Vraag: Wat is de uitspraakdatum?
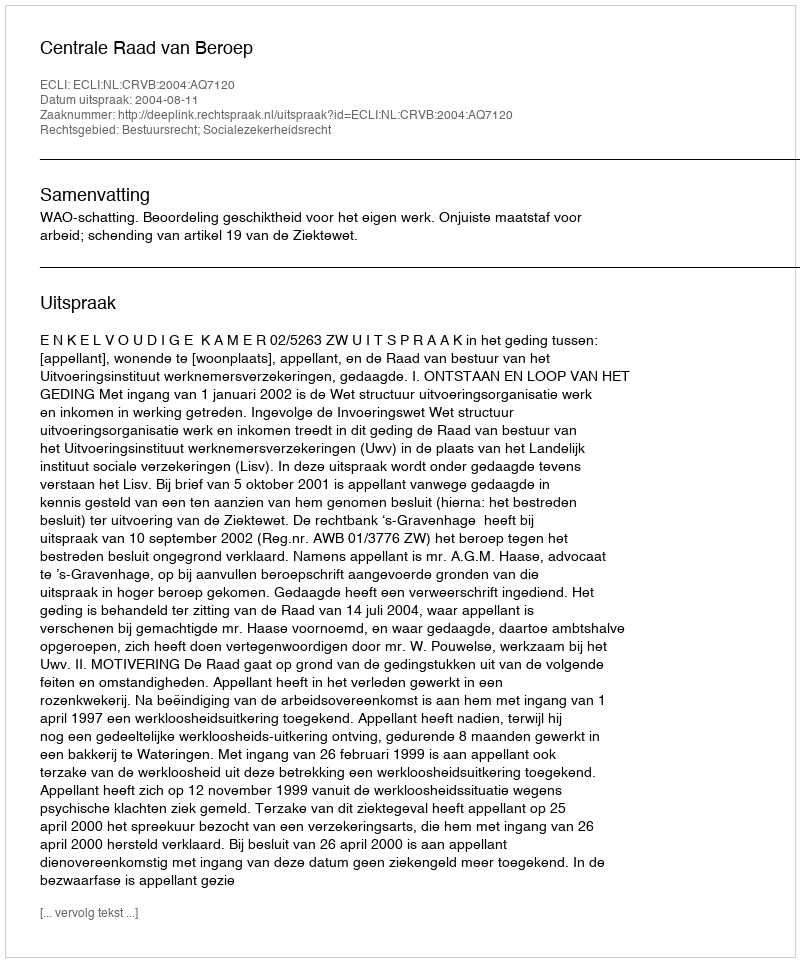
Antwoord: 2004-08-11